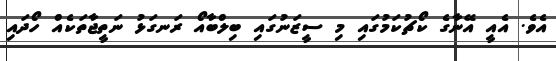
އެވެ. އެއީ އޭނާގެ ކޯޗުކަމުގައި މި ސީޒަނުގައި ބިލްބާއޯ ރަނގަޅު ނަތީޖާތަކެއް ހޯދައި